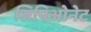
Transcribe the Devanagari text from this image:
सिपिओनेट